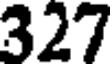
327